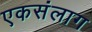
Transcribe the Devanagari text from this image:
एकसंलाग